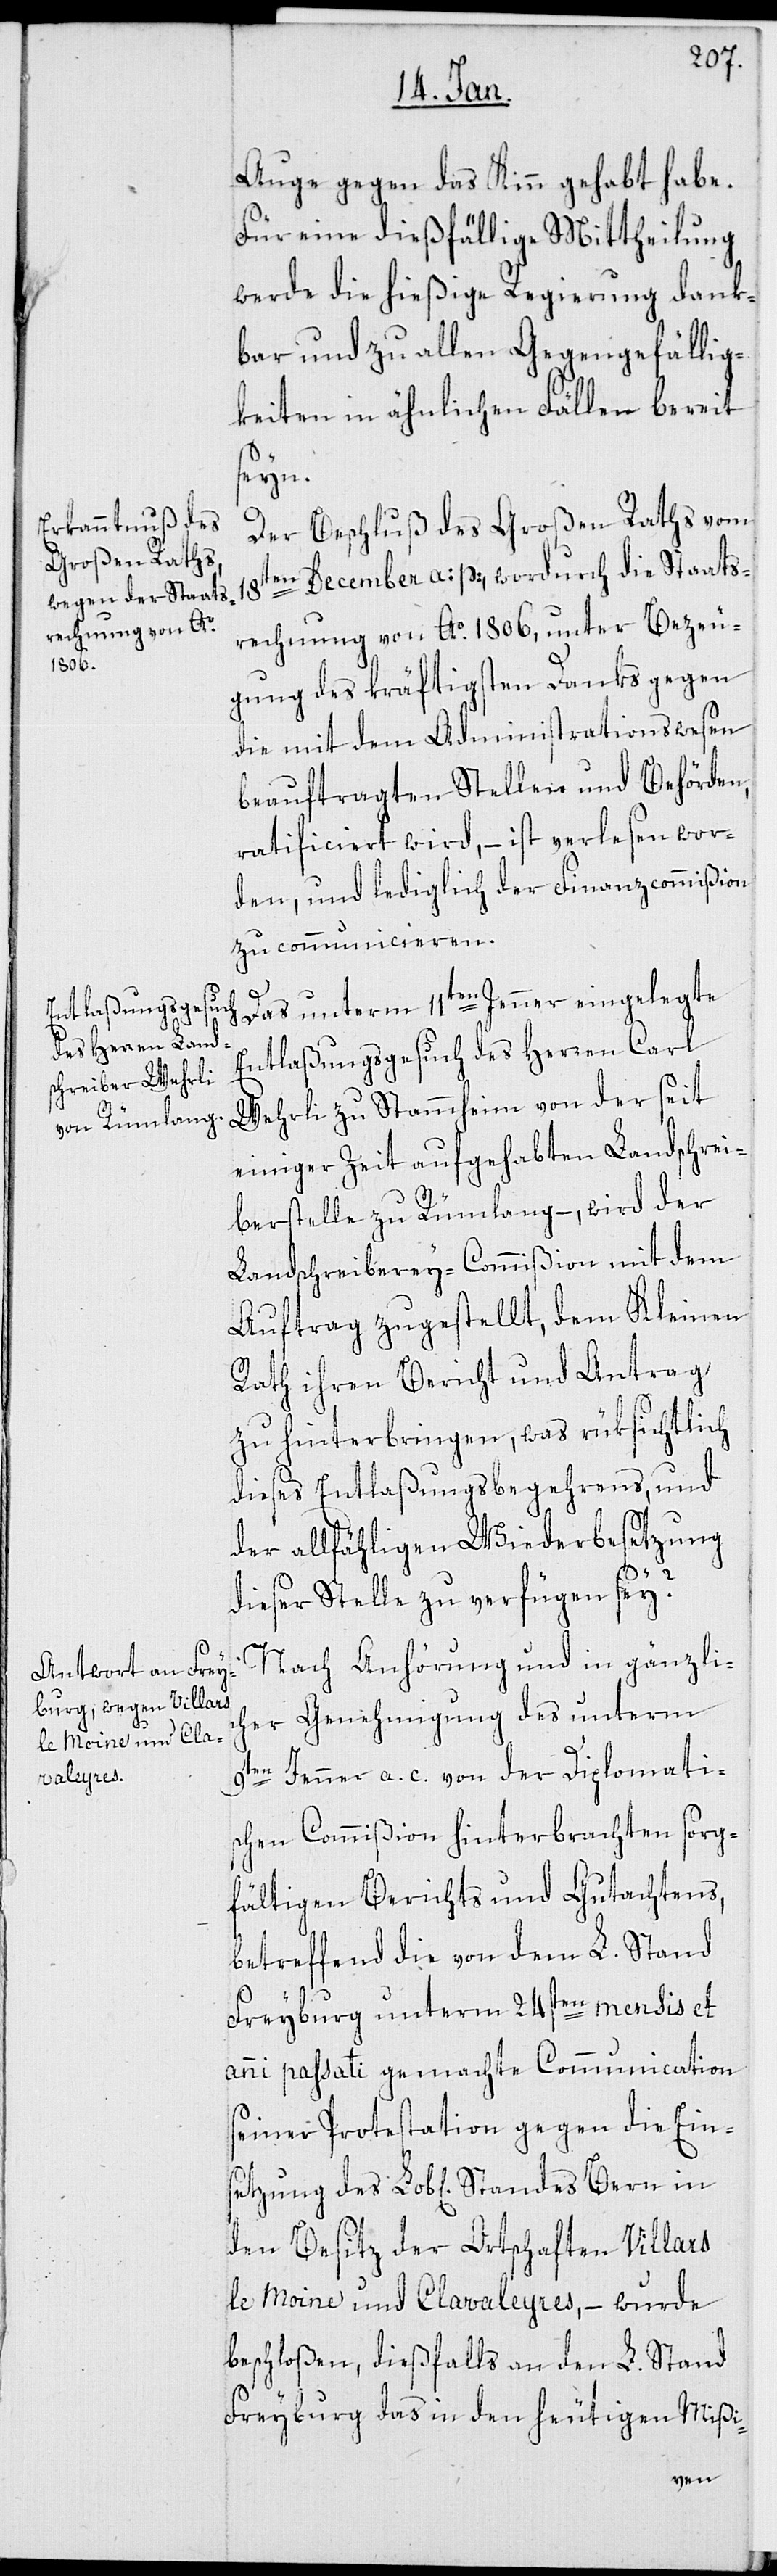
Auge gegen das Kinn gehabt habe.
Für eine dießfällige Mittheilung
werde die hießige Regierung dank¬
bar und zu allen Gegengefällig¬
keiten in ähnlichen Fällen bereit
Bern
Der Beschluß des Großen Raths vom
18ten December a. p., wordurch die Staats¬
rechnung von Ao 1806, unter Bezeu¬
gung des kräftigsten Danks gegen
die mit dem Administrationswesen
beauftragten Stellen und Behörden
ratificiert wird, – ist verlesen wor¬
den, und lediglich der Finanzcommißion
zu communicieren.
Das unterm 11ten Jenner eingelegte
Entlaßungsgesuch des Herren Carl
Wehrli zu Stammheim von der seit
einiger Zeit aufgehabten Landschrei¬
berstelle zu Rümlang, – wird der
Landschreiberey-Commißion mit dem
Auftrag zugestellt, dem Kleinen
Rath ihren Bericht und Antrag
zu hinterbringen, was rüksichtlich
dieses Entlaßungsbegehrens und
der allfähligen Wiederbesetzung
dieser Stelle zu verfügen sey?
Nach Anhörung und in gänzli¬
cher Genehmigung des unterm
9ten Jenner a. c. von der Diplomati¬
schen Commißion hinterbrachten sorg¬
fältigen Berichts und Gutachtens,
betreffend die von dem L. Stand
Freyburg unterm 24sten mensis et
anni passati gemachte Communication
seiner Protestation gegen die Eins¬
den Besitz der Ortschaften Villars
le Moine und Clavaleyres, – wurde
beschloßen, dießfalls an den L. Stand
Freyburg das in den heutigen Mißi-